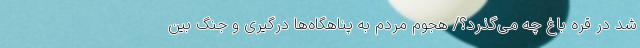
شد در قره باغ چه می‌گذرد؟/ هجوم مردم به پناهگاه‌ها درگیری و جنگ بین